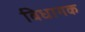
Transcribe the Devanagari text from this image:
विधागक